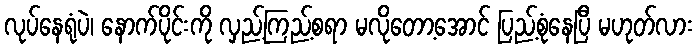
လုပ်နေရုံပဲ၊ နောက်ပိုင်းကို လှည့်ကြည့်စရာ မလိုတော့အောင် ပြည့်စုံနေပြီ မဟုတ်လား